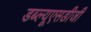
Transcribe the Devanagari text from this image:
डब्ल्यूएसडीजी